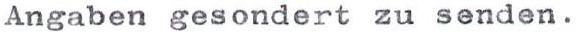
Angaben gesondert zu senden.